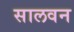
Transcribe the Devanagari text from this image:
सालवन